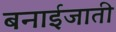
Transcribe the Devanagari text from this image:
बनाईजाती